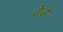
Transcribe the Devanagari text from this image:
टेढे़